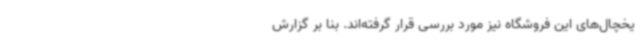
یخچال‌های این فروشگاه نیز مورد بررسی قرار گرفته‌اند. بنا بر گزارش